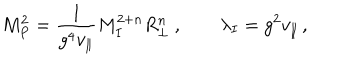
LaTeX: M _ { P } ^ { 2 } = \frac { 1 } { g ^ { 4 } v _ { \parallel } } M _ { I } ^ { 2 + n } R _ { \perp } ^ { n } \ , \qquad \lambda _ { I } = g ^ { 2 } v _ { \parallel } \, ,